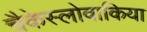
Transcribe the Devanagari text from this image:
चैकेस्लोवाकिया